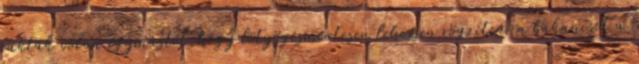
rakták volna egymástól,hogy lötyögésmentesen lehessen rögzíteni a bakancsot a